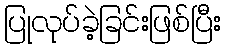
ပြုလုပ်ခဲ့ခြင်းဖြစ်ပြီး